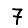
Digit: 7